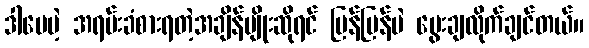
ဒါပေမဲ့ အရမ်းခံစားရတဲ့အချိန်မျိုးဆိုရင် မြန်မြန်ပဲ မွေးချလိုက်ချင်တယ်။